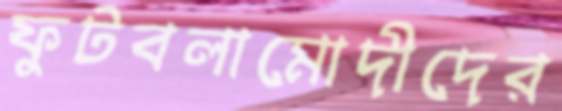
ফুটবলামোদীদের